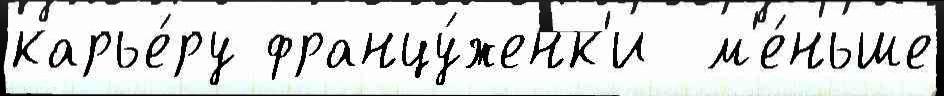
карье́ру францу́женк'и  м'е́ньше